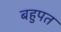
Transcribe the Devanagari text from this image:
बहुपत